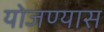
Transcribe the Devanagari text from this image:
योजण्यास